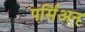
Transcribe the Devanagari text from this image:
पर्सिअन